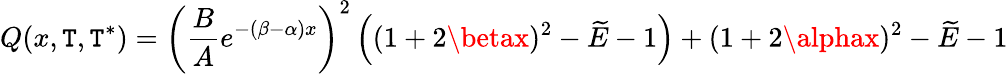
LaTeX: {Q(x,\mathtt{T},\mathtt{T}^{*})={\left({\frac{{B}}{{A}}}e^{-(\beta-\alpha)x}\right)}^{2}\left((1+2\betax)^{2}-\widetilde{{E}}-1\right)+(1+2\alphax)^{2}-\widetilde{{E}}-1}